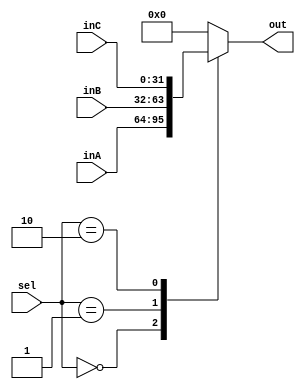
`timescale 1ns / 1ps

////////////////////////////////////////////////////////////////////////////////
// ECE369 - Computer Architecture
// 
// Module       : Mux32Bit3To1.v
// Description  : Performs signal multiplexing between 2 32-Bit words.
////////////////////////////////////////////////////////////////////////////////

module Mux32Bit3To1(out, inA, inB, inC, sel);

    output reg [31:0] out;
    
    input [31:0] inA, inB, inC;
    input [1:0]  sel;

    always @ (inA, inB, inC, sel) begin
        case (sel)
            2'b00: out <= inA;
            2'b01: out <= inB;
            2'b10: out <= inC;
            default: out <= 0;
        endcase
    end

endmodule